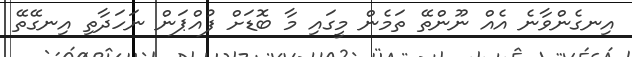
އިނގެންވާނެ އެއް ނޫންތޭ ތަމެން މީގައި މާ ބޮޑަށް ފުއްޕަން ނަހަދާތި އިނގޭތޭ